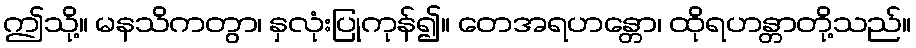
ဤသို့။ မနသိကတွာ၊ နှလုံးပြုကုန်၍။ တေအရဟန္တော၊ ထိုရဟန္တာတို့သည်။